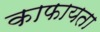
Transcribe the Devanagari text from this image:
काफायता